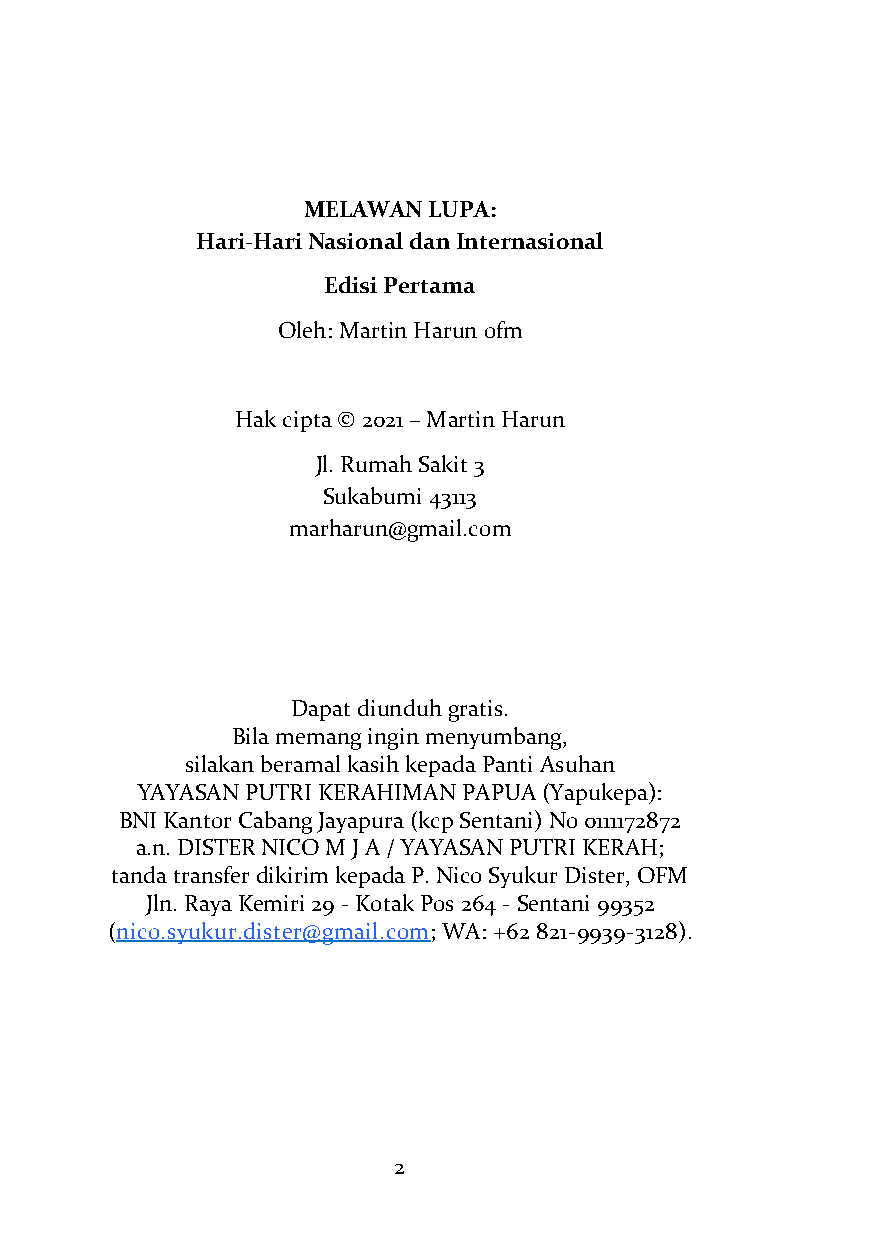
MELAWAN LUPA:
 Hari-Hari Nasional dan Internasional
 Edisi Pertama
 Oleh: Martin Harun ofm
 Hak cipta © 2021 – Martin Harun
 Jl. Rumah Sakit 3
 Sukabumi 43113
 marharun@gmail.com
 Dapat diunduh gratis.
 Bila memang ingin menyumbang,
 silakan beramal kasih kepada Panti Asuhan
 YAYASAN PUTRI KERAHIMAN PAPUA (Yapukepa):
 BNI Kantor Cabang Jayapura (kcp Sentani) No 0111172872
 a.n. DISTER NICO M J A / YAYASAN PUTRI KERAH;
 tanda transfer dikirim kepada P. Nico Syukur Dister, OFM
 Jln. Raya Kemiri 29 - Kotak Pos 264 - Sentani 99352
 (nico.syukur.dister@gmail.com; WA: +62 821-9939-3128).
 2